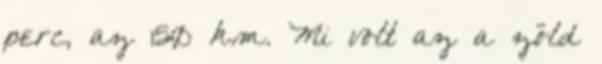
perc, az 150 km. Mi volt az a zöld